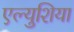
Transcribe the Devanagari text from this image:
एल्युशिया